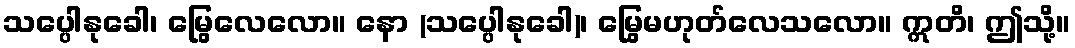
သပ္ပေါနုခေါ၊ မြွေလေလော။ နော (သပ္ပေါနုခေါ)၊ မြွေမဟုတ်လေသလော။ ဣတိ၊ ဤသို့။